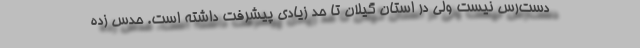
دست‌رس نیست ولی در استان گیلان تا حد زیادی پیشرفت داشته است. حدس زده